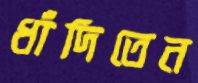
ধাঁদিতেন